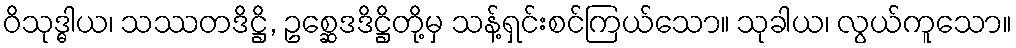
ဝိသုဒ္ဓါယ၊ သဿတဒိဋ္ဌိ, ဥစ္ဆေဒဒိဋ္ဌိတို့မှ သန့်ရှင်းစင်ကြယ်သော။ သုခါယ၊ လွယ်ကူသော။